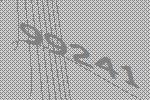
99241